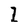
Character: I